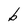
Character: b